Senior Leaving Certificate Examination (including Day School Certificate (Higher) General paper), 1949
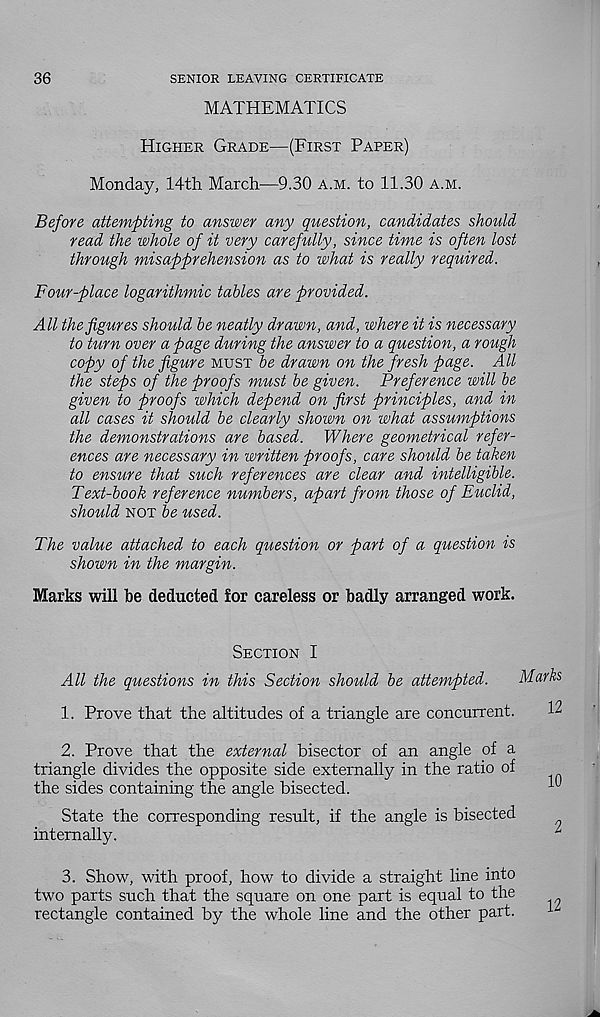
36
SENIOR LEAVING CERTIFICATE
MATHEMATICS
Higher Grade—(First Paper)
Monday, 14th March-—9.30 A.M. to 11.30 a.m.
Before attempting to answer any question, candidates should
read the whole of it very carefully, since time is often lost
through misapprehension as to what is really required.
Four-place logarithmic tables are provided.
All the figures should be neatly drawn, and, where it is necessary
to turn over a page during the answer to a question, a rough
copy of the figure must be drawn on the fresh page. All
the steps of the proofs must be given. Preference will be
given to proofs which depend on first principles, and in
all cases it should be clearly shown on what assumptions
the demonstrations are based. Where geometrical refer-
ences are necessary in written proofs, care should be taken
to ensure that such references are clear and intelligible.
Text-book reference numbers, apart from those of Euclid,
should not be used.
The value attached to each question or part of a question is
shown in the margin.
Marks will he deducted for careless or badly arranged work.
Section I
All the questions in this Section should be attempted.
1. Prove that the altitudes of a triangle are concurrent.
Marks
12
2. Prove that the external bisector of an angle of a
triangle divides the opposite side externally in the ratio of
the sides containing the angle bisected.
State the corresponding result, if the angle is bisected
internally.
3. Show, with proof, how to divide a straight line into
two parts such that the square on one part is equal to the
rectangle contained by the whole line and the other part.